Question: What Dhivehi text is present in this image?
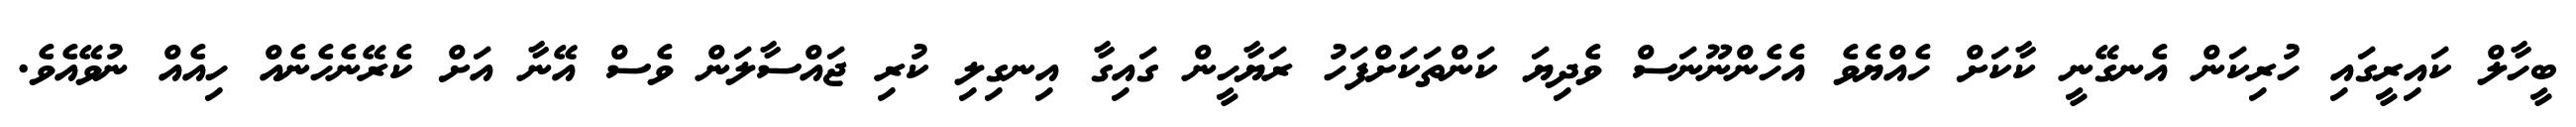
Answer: ބީހާލް ކައިރީގައި ހުރިކަން އެނގޭނީ ކާކަށް ހެއްޔެވެ އެހެންނޫނަސް ވެދިޔަ ކަންތަކަށްފަހު ރަޔާހީން ގައިގާ އިނގިލި ކުރި ޖައްސާލަން ވެސް އޭނާ އަށް ކެރޭނެހެނެއް ހިއެއް ނުވޭއެވެ.